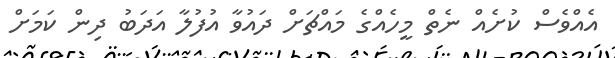
އެއްވެސް ކުށެއް ނެތް މީހެއްގެ މައްޗަށް ދައުވާ އުފުލާ އަދަބު ދިން ކަމަށް